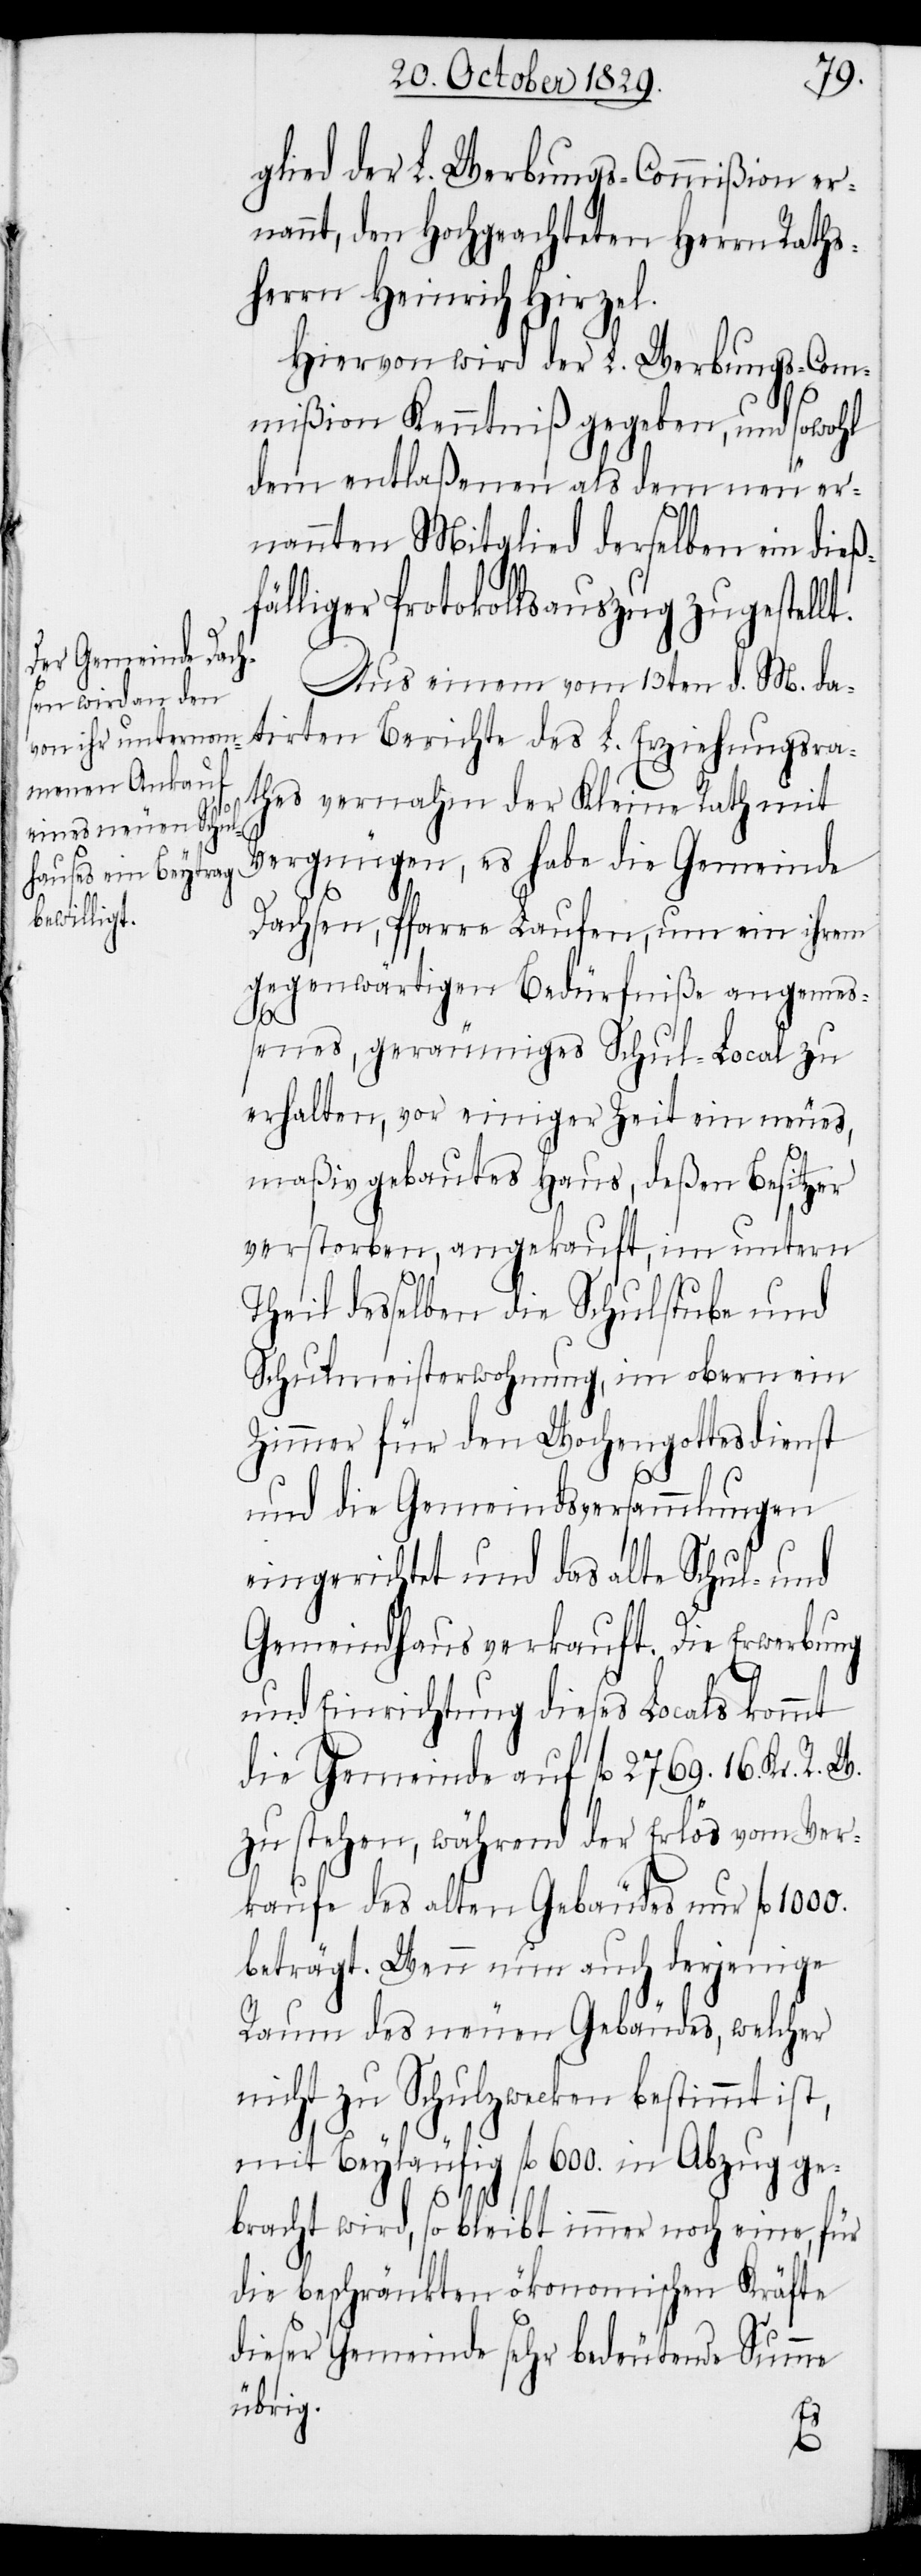
glied der L. Werbungs-Commißion er¬
nannt, den Hochgeachteten Herrn Raths¬
herrn Heinrich Hirzel.
Hiervon wird der L. Werbungs-Com¬
mißion Kenntniß gegeben, und sowohl
dem entlaßenen als dem neu er¬
nannten Mitglied derselben ein dieß¬
fälliger Protokollsauszug zugestellt.
Aus einem vom 13ten d. M. da¬
tirten Berichte des L. Erziehungsra¬
thes vernahm der Kleine Rath mit
Vergnügen, es habe die Gemeinde
Dachsen, Pfarre Laufen, um ein ihrem
gegenwärtigen Bedürfniße angemeß¬
enes, geräumiges Schul-Local zu
erhalten, vor einiger Zeit ein neues,
maßiv gebautes Haus, deßen Besitzer
verstorben, angekauft, im untern
Theil desselben die Schulstube und
Schulmeisterwohnung, im obern ein
Zimmer für den Wochengottesdienst
und die Gemeindsversammlungen
eingerichtet und das alte Schul- und
Gemeindhaus verkauft. Die Erwerbung
und Einrichtung dieses Locals kommt
die Gemeinde auf fl 2769. 16. Kr. R.
zu stehen, während der Erlös vom Ver¬
kaufe des alten Gebäudes nur fl 1000.
beträgt. Wenn nun auch derjenige
Raum des neuen Gebäudes, welcher
nicht zu Schulzwecken bestimmt ist,
mit Beyläufig fl 600. in Abzug ge¬
bracht wird, so bleibt immer noch eine, für
die beschränkten ökonomischen Kräfte
dieser Gemeinde sehr bedeutende Summe
übrig.